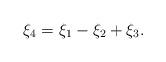
LaTeX: \begin{align*}\xi_4 = \xi_1-\xi_2+\xi_3.\end{align*}